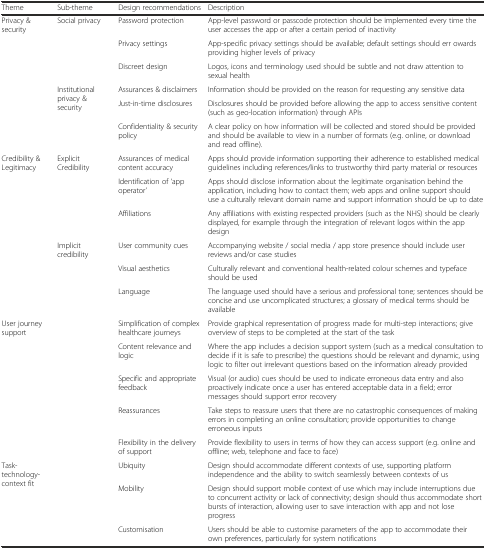
| Theme | Sub-theme | Design recommendations | Description |
 | --- | --- | --- | --- |
 | <ROWSPAN=3> Privacy & security | <ROWSPAN=3> Social privacy | Password protection | App-level password or passcode protection should be implemented every time the user accesses the app or after a certain period of inactivity |
 | Privacy settings | App-specific privacy settings should be available; default settings should err owards providing higher levels of privacy |
 | Discreet design | Logos, icons and terminology used should be subtle and not draw attention to sexual health |
 | <ROWSPAN=3>  | <ROWSPAN=3> Institutional privacy & security | Assurances & disclaimers | Information should be provided on the reason for requesting any sensitive data |
 | Just-in-time disclosures | Disclosures should be provided before allowing the app to access sensitive content (such as geo-location information) through APIs |
 | Confidentiality & security policy | A clear policy on how information will be collected and stored should be provided and should be available to view in a number of formats (e.g. online, or download and read offline). |
 | <ROWSPAN=3> Credibility & Legitimacy | <ROWSPAN=3> Explicit Credibility | Assurances of medical content accuracy | Apps should provide information supporting their adherence to established medical guidelines including references/links to trustworthy third party material or resources |
 | Identification of ‘app operator’ | Apps should disclose information about the legitimate organisation behind the application, including how to contact them; web apps and online support should use a culturally relevant domain name and support information should be up to date |
 | Affiliations | Any affiliations with existing respected providers (such as the NHS) should be clearly displayed, for example through the integration of relevant logos within the app design |
 | <ROWSPAN=3>  | <ROWSPAN=3> Implicit credibility | User community cues | Accompanying website / social media / app store presence should include user reviews and/or case studies |
 | Visual aesthetics | Culturally relevant and conventional health-related colour schemes and typeface should be used |
 | Language | The language used should have a serious and professional tone; sentences should be concise and use uncomplicated structures; a glossary of medical terms should be available |
 | <ROWSPAN=5> User journey support | <ROWSPAN=5>  | Simplification of complex healthcare journeys | Provide graphical representation of progress made for multi-step interactions; give overview of steps to be completed at the start of the task |
 | Content relevance and logic | Where the app includes a decision support system (such as a medical consultation to decide if it is safe to prescribe) the questions should be relevant and dynamic, using logic to filter out irrelevant questions based on the information already provided |
 | Specific and appropriate feedback | Visual (or audio) cues should be used to indicate erroneous data entry and also proactively indicate once a user has entered acceptable data in a field; error messages should support error recovery |
 | Reassurances | Take steps to reassure users that there are no catastrophic consequences of making errors in completing an online consultation; provide opportunities to change erroneous inputs |
 | Flexibility in the delivery of support | Provide flexibility to users in terms of how they can access support (e.g. online and offline; web, telephone and face to face) |
 | <ROWSPAN=3> Task-technology-context fit | <ROWSPAN=3>  | Ubiquity | Design should accommodate different contexts of use, supporting platform independence and the ability to switch seamlessly between contexts of us |
 | Mobility | Design should support mobile context of use which may include interruptions due to concurrent activity or lack of connectivity; design should thus accommodate short bursts of interaction, allowing user to save interaction with app and not lose progress |
 | Customisation | Users should be able to customise parameters of the app to accommodate their own preferences, particularly for system notifications |